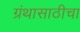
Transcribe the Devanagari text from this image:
ग्रंथासाठीचा